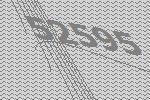
52595